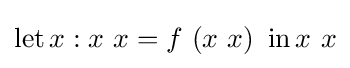
\operatorname {let} x:x\ x=f\ (x\ x)\ \operatorname {in} x\ x